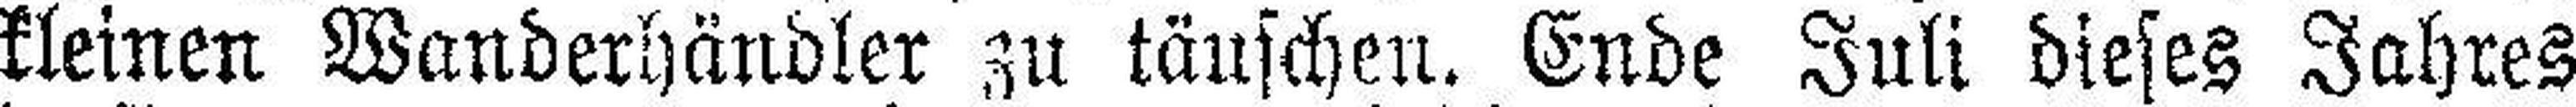
kleinen Wanderhändler zu täuschen. Ende Juli dieses Jahres